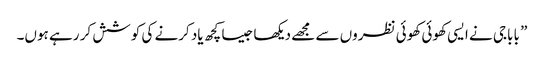
” باباجی نے ایسی کھوئی کھوئی نظروں سے مجھے دیکھا جیسا کچھ یاد کرنے کی کوشش کر رہے ہوں۔